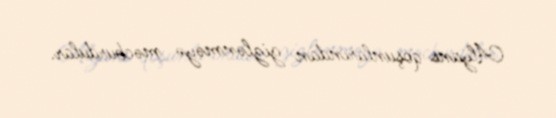
Alyans qoşunlarından gizlənməyə məcburdular.